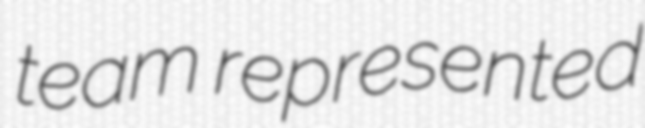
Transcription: team represented